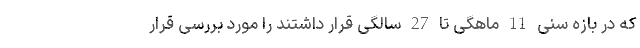
که در بازه سنی 11 ماهگی تا 27 سالگی قرار داشتند را مورد بررسی قرار